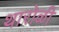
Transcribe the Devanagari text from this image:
थारोळी